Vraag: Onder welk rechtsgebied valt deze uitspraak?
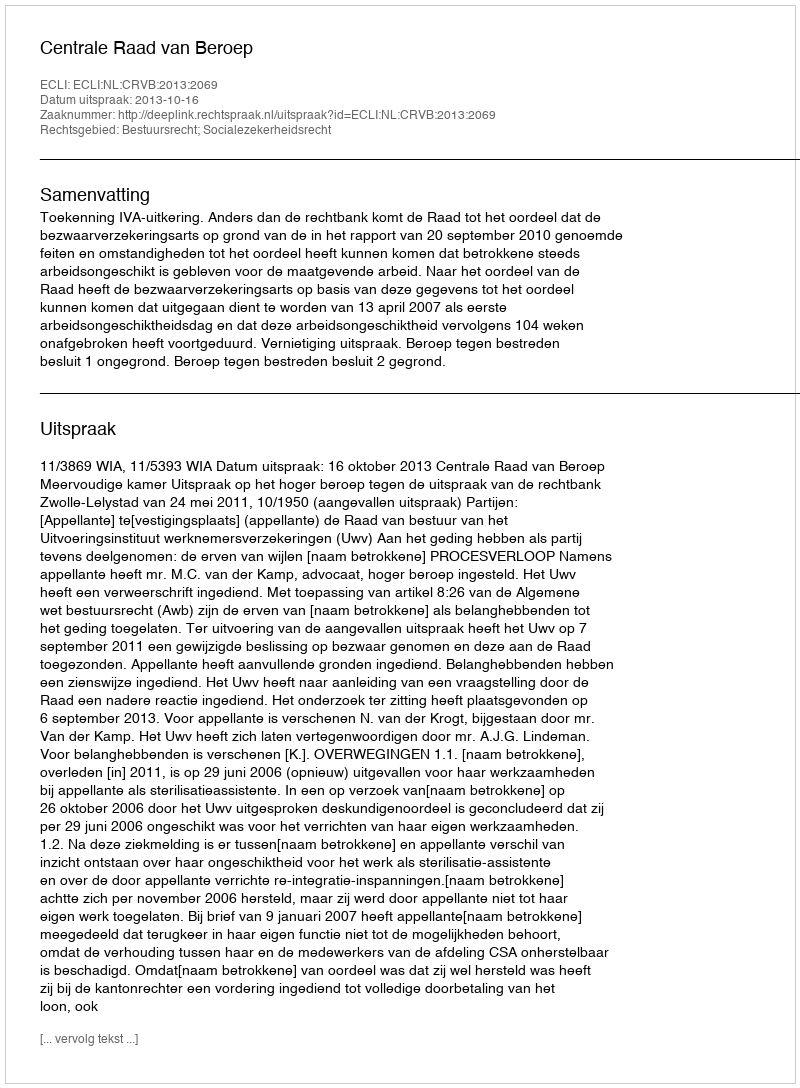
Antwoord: Bestuursrecht; Socialezekerheidsrecht